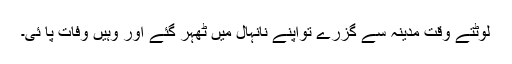
لوٹتے وقت مدینہ سے گزرے تواپنے نانہال میں ٹھہر گئے اور وہیں وفات پا ئی۔